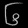
Digit: ၆